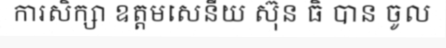
ការសិក្សា ឧត្តមសេនីយ ស៊ុន ធិ បាន ចូល